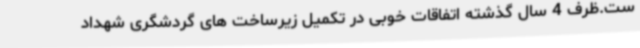
ست.ظرف 4 سال گذشته اتفاقات خوبی در تکمیل زیرساخت های گردشگری شهداد